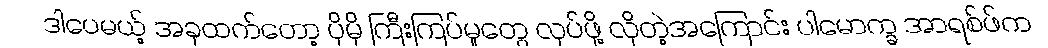
ဒါပေမယ့် အခုထက်တော့ ပိုမို ကြီးကြပ်မှုတွေ လုပ်ဖို့ လိုတဲ့အကြောင်း ပါမောက္ခ အာရစ်ဖ်က